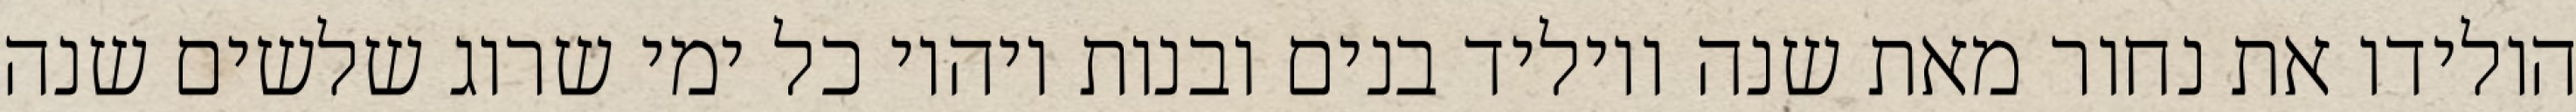
הולידו את נחור מאת שנה ויוליד בנים ובנות ויהיו כל ימי שרוג שלשים שנה